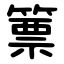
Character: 篻